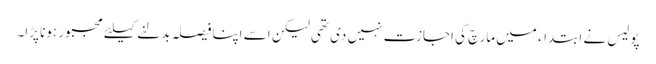
پولیس نے ابتداء میں مارچ کی اجازت نہیں دی تھی لیکن اسے اپنا فیصلہ بدلنے کیلئے مجبور ہونا پڑا۔